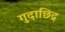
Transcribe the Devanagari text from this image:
गुदाछिद्र